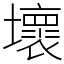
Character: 壞